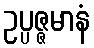
ဥပ္ပဇ္ဇမာနံ